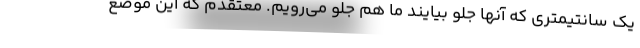
یک سانتیمتری که آنها جلو بیایند ما هم جلو می‌رویم. معتقدم که این موضع